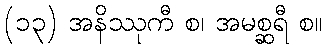
(၁၃) အနိဿုကီ စ၊ အမစ္ဆရီ စ။